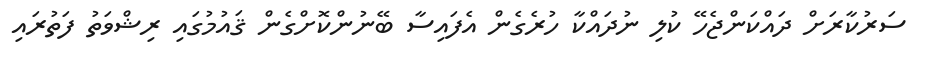
ސަރުކާރަށް ދައްކަންޖެހޭ ކުލި ނުދައްކާ ހުރެގެން އެފައިސާ ބޭނުންކޮށްގެން ޤައުމުގައި ރިޝްވަތު ފަތުރައި